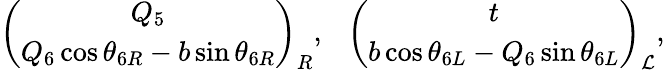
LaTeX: \left(\begin{array}{c}{{Q_{5}}}\\ {{Q_{6}\cos\theta_{6R}-b\sin\theta_{6R}}}\end{array}\right)_{R},~~~\left(\begin{array}{c}{{t}}\\ {{b\cos\theta_{6L}-Q_{6}\sin\theta_{6L}}}\end{array}\right)_{\mathcal{L}},